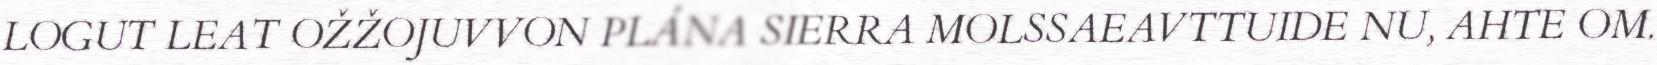
LOGUT LEAT OŽŽOJUVVON PLÁNA SIERRA MOLSSAEAVTTUIDE NU, AHTE OM.